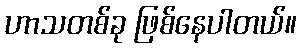
ဟာသတစ်ခု ဖြစ်နေပါတယ်။